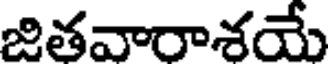
జితవారాశయే